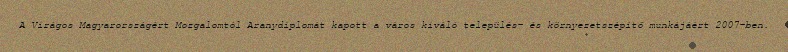
A Virágos Magyarországért Mozgalomtól Aranydiplomát kapott a város kiváló település- és környezetszépítő munkájáért 2007-ben.